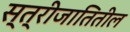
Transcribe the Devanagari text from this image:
स्त्रीजातितील